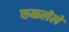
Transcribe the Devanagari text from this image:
रुळलेले